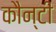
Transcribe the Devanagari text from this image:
कौन्टी